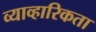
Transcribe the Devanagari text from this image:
व्याव्हारिकता